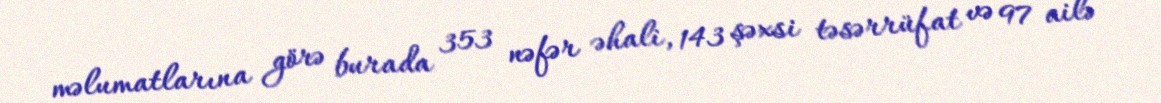
məlumatlarına görə burada 353 nəfər əhali, 143 şəxsi təsərrüfat və 97 ailə